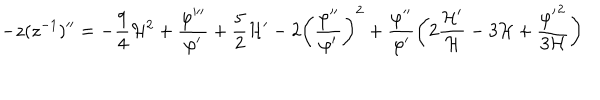
- z ( z ^ { - 1 } ) ^ { \prime \prime } = - \frac { 9 } { 4 } { \cal H } ^ { 2 } + \frac { \varphi ^ { \prime \prime \prime } } { \varphi ^ { \prime } } + \frac { 5 } { 2 } { \cal H } ^ { \prime } - 2 \biggl ( \frac { \varphi ^ { \prime \prime } } { \varphi ^ { \prime } } \biggr ) ^ { 2 } + \frac { \varphi ^ { \prime \prime } } { \varphi ^ { \prime } } \biggl ( 2 \frac { { \cal H } ^ { \prime } } { \cal H } - 3 { \cal H } + \frac { { \varphi ^ { \prime } } ^ { 2 } } { 3 { \cal H } } \biggr )